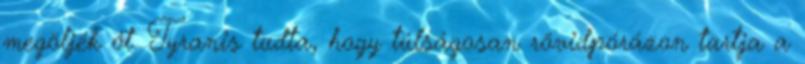
megöljék őt. Tyranis tudta, hogy túlságosan rövidpórázon tartja a